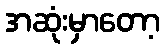
အဆုံးမှာတော့